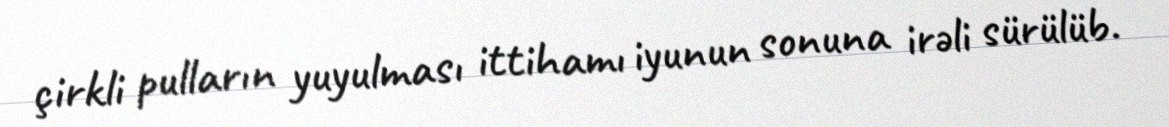
çirkli pulların yuyulması ittihamı iyunun sonuna irəli sürülüb.